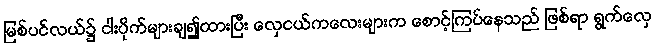
မြစ်ပင်လယ်၌ ငါးပိုက်များချ၍ထားပြီး လှေငယ်ကလေးများက စောင့်ကြပ်နေသည် ဖြစ်ရာ ရွက်လှေ